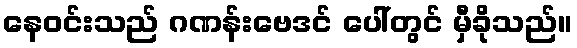
နေဝင်းသည် ဂဏန်းဗေဒင် ပေါ်တွင် မှီခိုသည်။